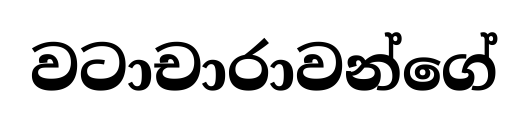
වටාචාරාවන්ගේ